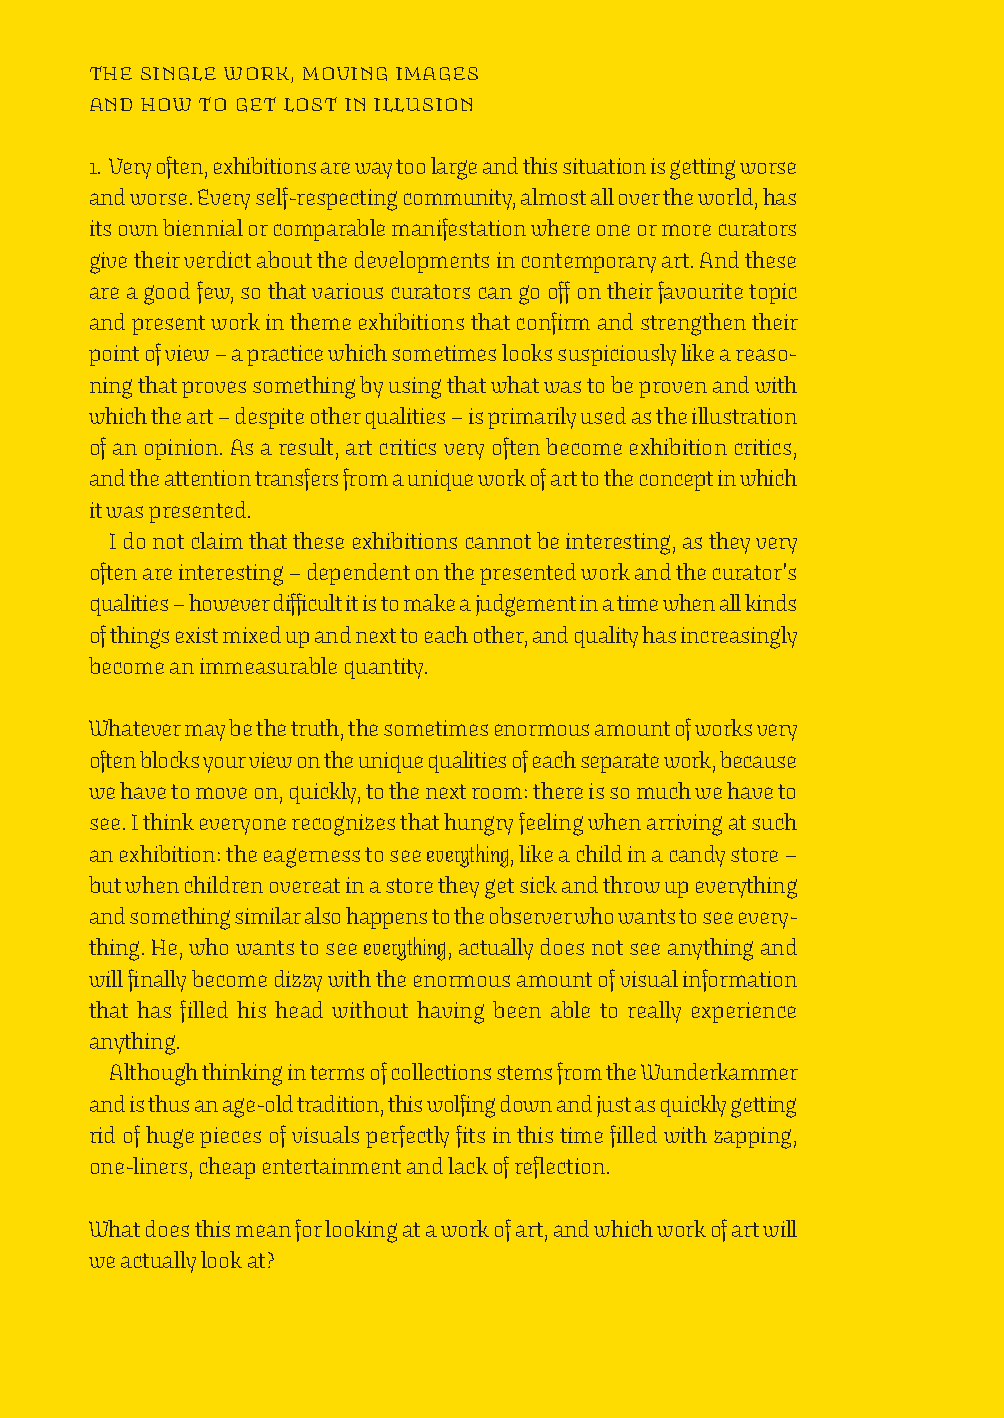
The single work, moving images
 and how to get lost in illusion
 1. Very often, exhibitions are way too large and this situation is getting worse
 and worse. Every self-respecting community, almost all over the world, has
 its own biennial or comparable manifestation where one or more curators
 give their verdict about the developments in contemporary art. And these
 are a good few, so that various curators can go off on their favourite topic
 and present work in theme exhibitions that confirm and strengthen their
 point of view – a practice which sometimes looks suspiciously like a reaso-
 ning that proves something by using that what was to be proven and with
 which the art – despite other qualities – is primarily used as the illustration
 of an opinion. As a result, art critics very often become exhibition critics,
 and the attention transfers from a unique work of art to the concept in which
 it was presented.
 I do not claim that these exhibitions cannot be interesting, as they very
 often are interesting – dependent on the presented work and the curator’s
 qualities – however difficult it is to make a judgement in a time when all kinds
 of things exist mixed up and next to each other, and quality has increasingly
 become an immeasurable quantity.
 Whatever may be the truth, the sometimes enormous amount of works very
 often blocks your view on the unique qualities of each separate work, because
 we have to move on, quickly, to the next room: there is so much we have to
 see. I think everyone recognizes that hungry feeling when arriving at such
 an exhibition: the eagerness to see everything, like a child in a candy store –
 but when children overeat in a store they get sick and throw up everything
 and something similar also happens to the observer who wants to see every-
 thing. He, who wants to see everything, actually does not see anything and
 will finally become dizzy with the enormous amount of visual information
 that has filled his head without having been able to really experience
 anything.
 Although thinking in terms of collections stems from the Wunderkammer
 and is thus an age-old tradition, this wolfing down and just as quickly getting
 rid of huge pieces of visuals perfectly fits in this time filled with zapping,
 one-liners, cheap entertainment and lack of reflection.
 What does this mean for looking at a work of art, and which work of art will
 we actually look at?